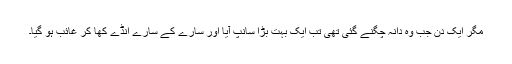
مگر ایک دن جب وہ دانہ چگنے گئی تھی تب ایک بہت بڑا سانپ آیا اور سارے کے سارے انڈے کھا کر غائب ہو گیا۔